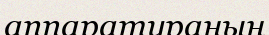
аппаратураның